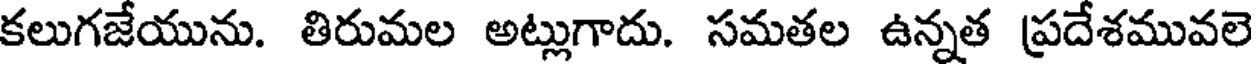
కలుగజేయును. తిరుమల అట్లుగాదు. సమతల ఉన్నత ప్రదేశమువలె